Report of the Municipal Commissioner on the plague in Bombay for the year ending 31st May... - Volume 3
Disease focus: Plague
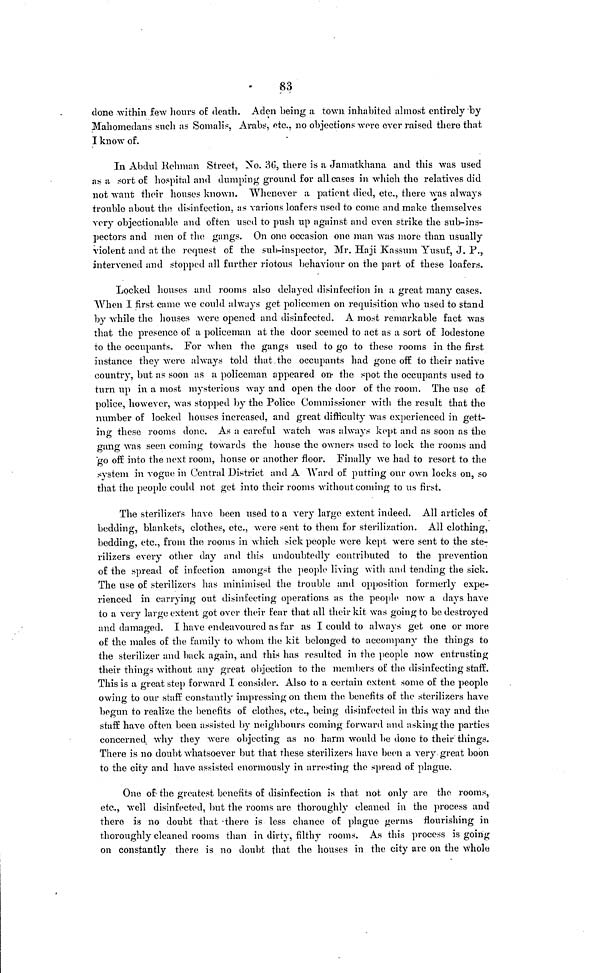
83
done within few hours of death. Aden being a town inhabited almost entirely by
Mahomedans such as Somalis, Arabs, etc., no objections wore ever raised there that
I know of.
In Abdul Rehman Street, No. 36, there is a Jamatkhana and this was used
as a sort of hospital and dumping ground for all cases in which the relatives did
not want their houses known. Whenever a patient died, etc., there was always
trouble about the disinfection, as various loafers used to come and make themselves
very objectionable and often used to push up against and even strike the sub-ins-
pectors and men of the gangs. On one occasion one man was more than usually
violent and at the request of the sub-inspector, Mr. Haji Kassum Yusuf, J. P.,
intervened and stopped all further riotous behaviour on the part of these loafers.
Locked houses and rooms also delayed disinfection in a great many cases.
When I first came we could always get policemen on requisition who used to stand
by while the houses were opened and disinfected. A most remarkable fact was
that the presence of a policeman at the door seemed to act as a sort of lodestone
to the occupants. For when the gangs used to go to these rooms in the first
instance they were always told that the occupants had gone off to their native
country, but as soon as a policeman appeared on the spot the occupants used to
turn up in a most mysterious way and open the door of the room. The use of
police, however, was stopped by the Police Commissioner with the result that the
number of locked houses increased, and great difficulty was experienced in gett-
ing these rooms done. As a careful watch was always kept and as soon as the
gang was seen coming towards the house the owners used to lock the rooms and
go off into the next room, house or another floor. Finally we had to resort to the
system in vogue in Central District and A Ward of putting our own locks on, so
that the people could not get into their rooms without coming to us first.
The sterilizers have been used to a very large extent indeed. All articles of
bedding, blankets, clothes, etc., were sent to them for sterilization. All clothing,
bedding, etc., from the rooms in which sick people were kept were sent to the ste-
rilizers every other day and this undoubtedly contributed to the prevention
of the spread of infection amongst the people living with and tending the sick.
The use of sterilizers has minimised the trouble and opposition formerly expe-
rienced in carrying out disinfecting operations as the people now a days have
to a very large extent got over their fear that all their kit was going to be destroyed
and damaged. I have endeavoured as far as I could to always get one or more
of the males of the family to whom the kit belonged to accompany the things to
the sterilizer and back again, and this has resulted in the people now entrusting
their things without any great objection to the members of the disinfecting staff.
This is a great step forward I consider. Also to a certain extent some of the people
owing to our staff constantly impressing on them the benefits of the sterilizers have
begun to realize the benefits of clothes, etc., being disinfected in this way and the
staff have often been assisted by neighbours coming forward and asking the parties
concerned why they were objecting as no harm would be done to their things.
There is no doubt whatsoever but that these sterilizers have been a very great boon
to the city and have assisted enormously in arresting the spread of plague.
One of the greatest benefits of disinfection is that not only are the rooms,
etc., well disinfected, but the rooms are thoroughly cleaned in the process and
there is no doubt that there is less chance of plague germs flourishing in
thoroughly cleaned rooms than in dirty, filthy rooms. As this process is going
on constantly there is no doubt that the houses in the city are on the whole